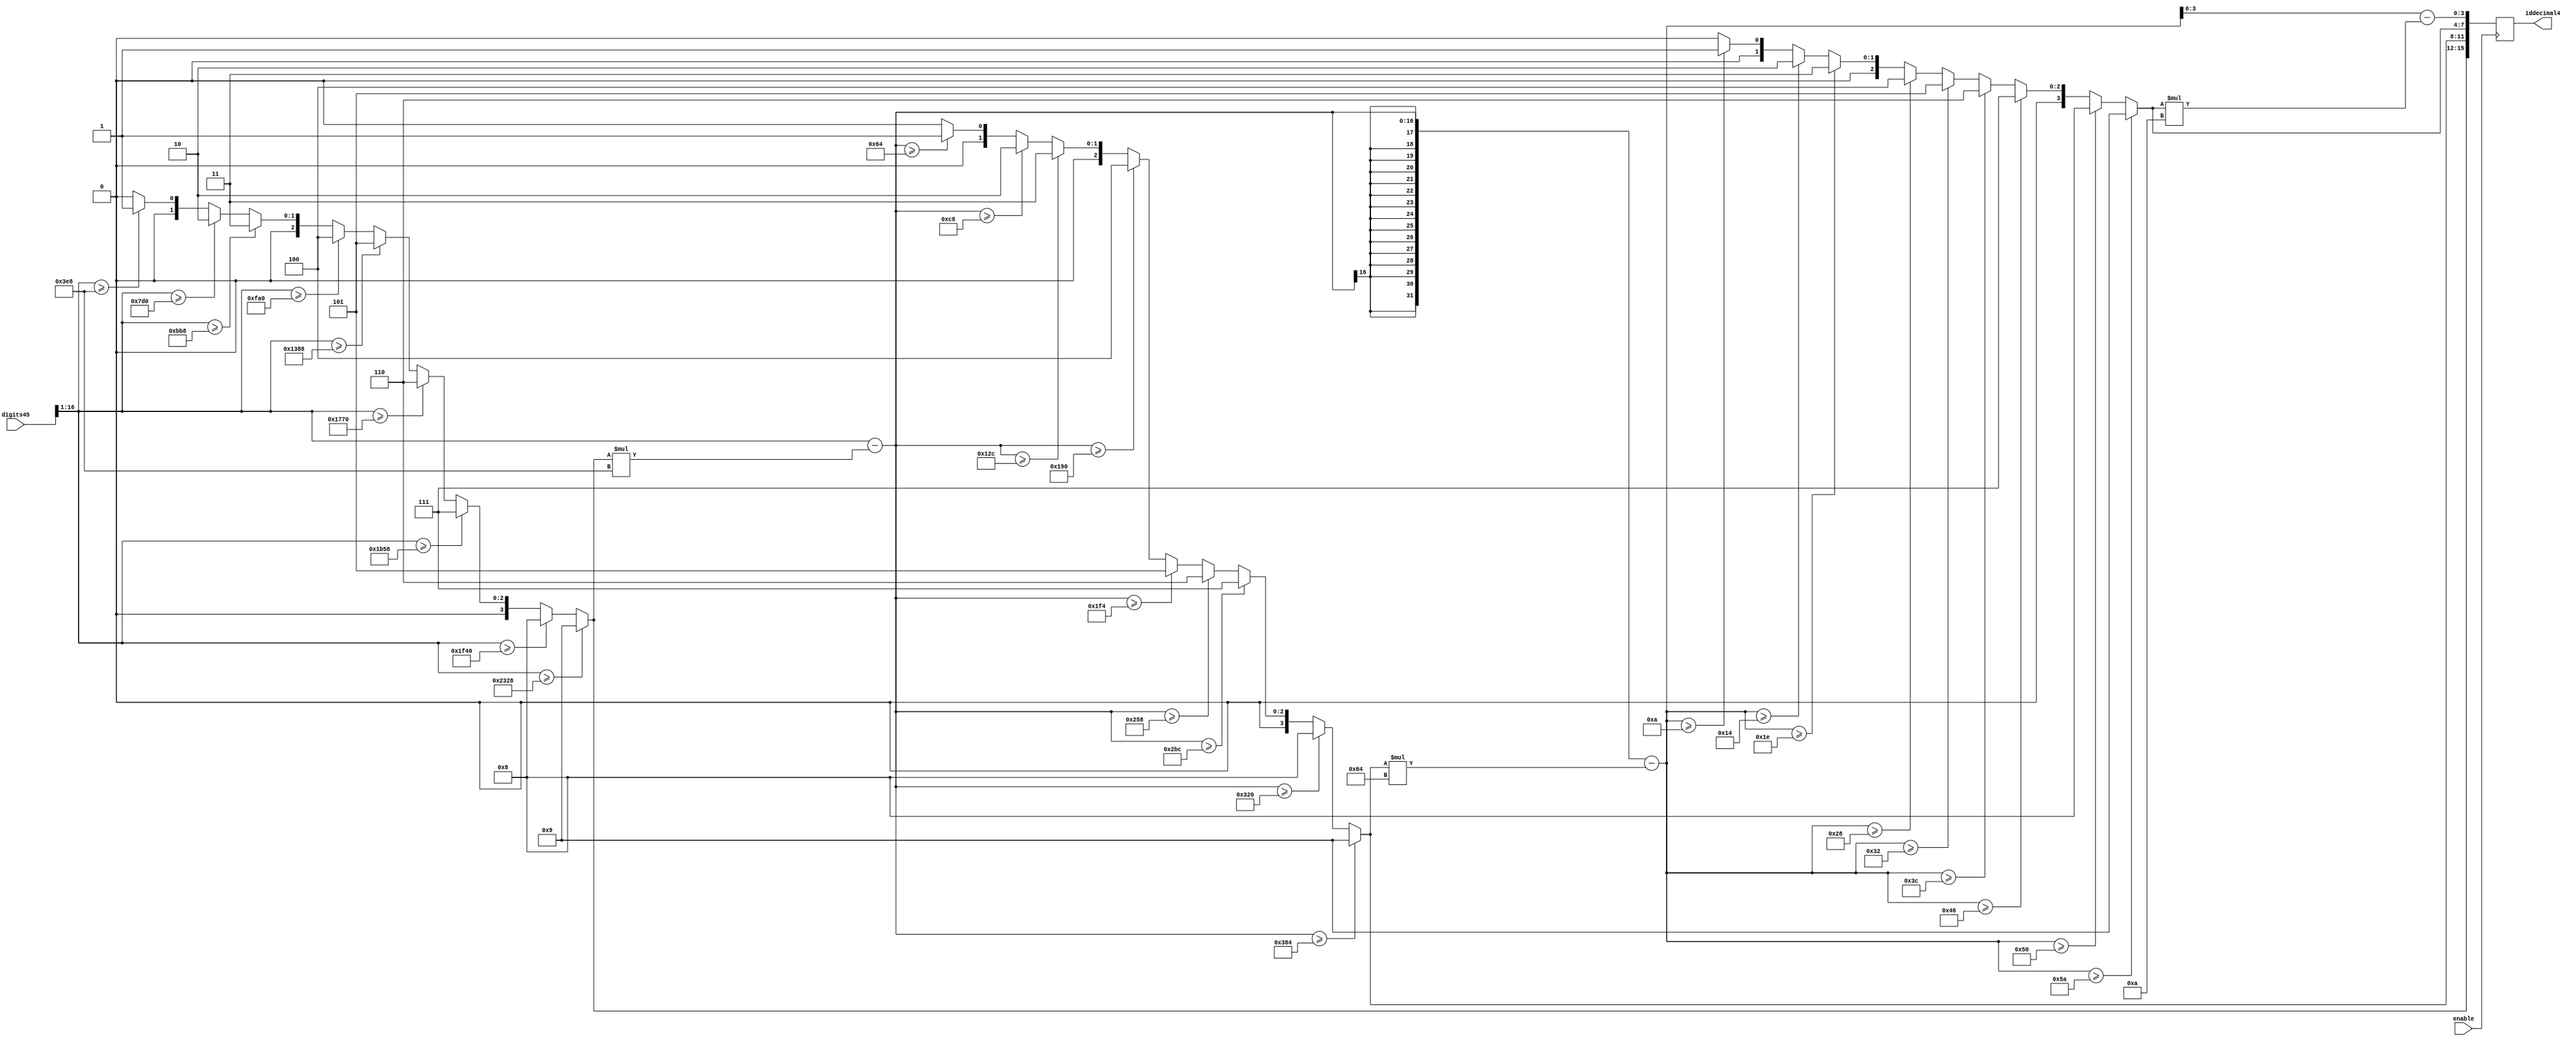
module getID_4digits(
    input enable,
    input [44:0] digits45,
    output reg [15:0] iddecimal4
    );
	 
	 integer ID;
	 integer temp0, temp1;	 

always @(posedge enable) begin
	ID = digits45[16:1];
	//ID = 'b0001000010100000;
	if(ID>=9000) iddecimal4[15:12] = 9;
	else if(ID>=8000) iddecimal4[15:12] = 8;
	else if(ID>=7000) iddecimal4[15:12] = 7;
	else if(ID>=6000) iddecimal4[15:12] = 6;
	else if(ID>=5000) iddecimal4[15:12] = 5;
	else if(ID>=4000) iddecimal4[15:12] = 4;
	else if(ID>=3000) iddecimal4[15:12] = 3;
	else if(ID>=2000) iddecimal4[15:12] = 2;
	else if(ID>=1000) iddecimal4[15:12] = 1;
	else iddecimal4[15:12] = 0;
	temp0 = ID-(iddecimal4[15:12]*1000);
	
	if(temp0>=900) iddecimal4[11:8] = 9;
	else if(temp0>=800) iddecimal4[11:8] = 8;
	else if(temp0>=700) iddecimal4[11:8] = 7;
	else if(temp0>=600) iddecimal4[11:8] = 6;
	else if(temp0>=500) iddecimal4[11:8] = 5;
	else if(temp0>=400) iddecimal4[11:8] = 4;
	else if(temp0>=300) iddecimal4[11:8] = 3;
	else if(temp0>=200) iddecimal4[11:8] = 2;
	else if(temp0>=100) iddecimal4[11:8] = 1;
	else iddecimal4[11:8] = 0;
	temp1 = temp0-(iddecimal4[11:8]*100);
	
	if(temp1>=90) iddecimal4[7:4] = 9;
	else if(temp1>=80) iddecimal4[7:4] = 8;
	else if(temp1>=70) iddecimal4[7:4] = 7;
	else if(temp1>=60) iddecimal4[7:4] = 6;
	else if(temp1>=50) iddecimal4[7:4] = 5;
	else if(temp1>=40) iddecimal4[7:4] = 4;
	else if(temp1>=30) iddecimal4[7:4] = 3;
	else if(temp1>=20) iddecimal4[7:4] = 2;
	else if(temp1>=10) iddecimal4[7:4] = 1;
	else iddecimal4[7:4] = 0;
	iddecimal4[3:0] = temp1-(iddecimal4[7:4]*10);
		
end

endmodule